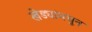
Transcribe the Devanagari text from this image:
खेड्यांमधून